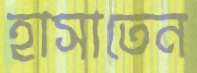
হাসাতেন